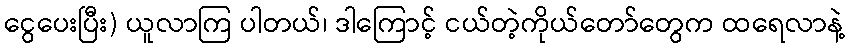
ငွေပေးပြီး) ယူလာကြ ပါတယ်၊ ဒါကြောင့် ငယ်တဲ့ကိုယ်တော်တွေက ထရေလာနဲ့